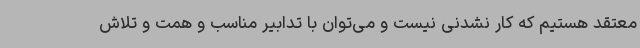
معتقد هستیم که کار نشدنی نیست و می‌توان با تدابیر مناسب و همت و تلاش